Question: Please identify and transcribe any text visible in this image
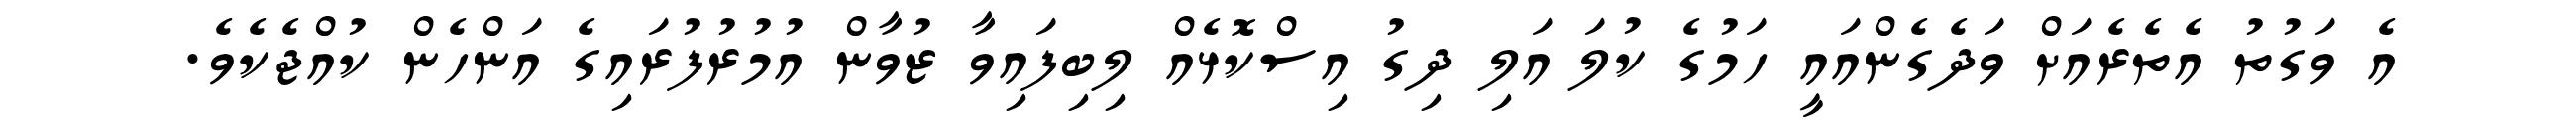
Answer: އެ ވަގުތު އެތެރެއަށް ވަދެގެންއައީ ހަމުގެ ކުލަ އަލި ދިގު އިސްކޮޅެއް ލިބިފައިވާ ޒުވާން އުމުރުފުރައިގެ އަންހެން ކުއްޖެކެވެ.